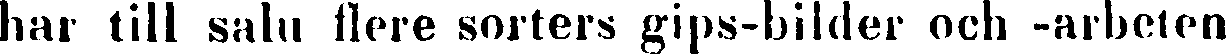
har till salu flere sorters gips-bilder och -arbeten